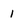
Character: 1